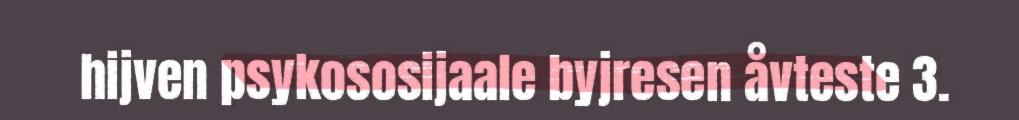
hijven psykososijaale byjresen åvteste 3.